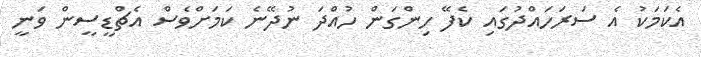
އެކަމަކު އެ ސަރަހައްދުގައި ކެފޭ ހިންގަން ހުއްދަ ނުދޭނެ ކަމަށްވެސް އެޗްޑީސީން ވަނީ